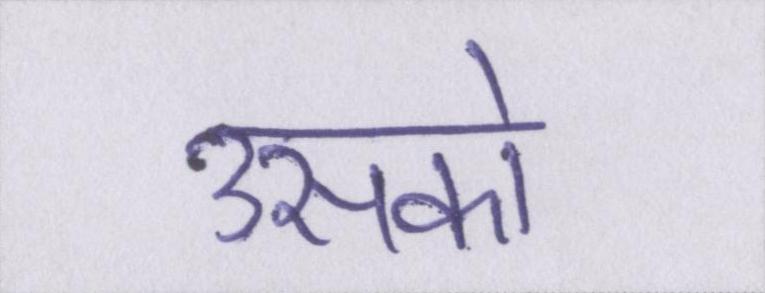
उसको